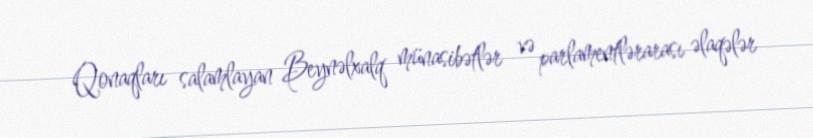
Qonaqları salamlayan Beynəlxalq münasibətlər və parlamentlərarası əlaqələr